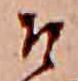
そ